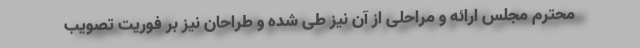
محترم مجلس ارائه و مراحلی از آن نیز طی شده و طراحان نیز بر فوریت تصویب